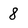
Character: 8